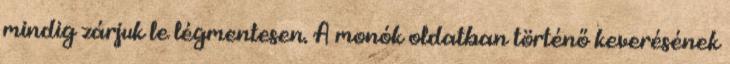
mindig zárjuk le légmentesen. A monók oldatban történő keverésének